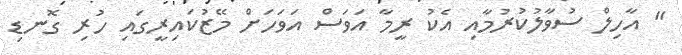
" އާހިލް ސުވާލުކުރުމާއި އެކު ރީމާ އަވަސް އަވަހަށް މޭޒުކައިރީގައި ހުރި ގޮނޑި